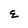
Character: E